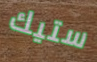
ستيك